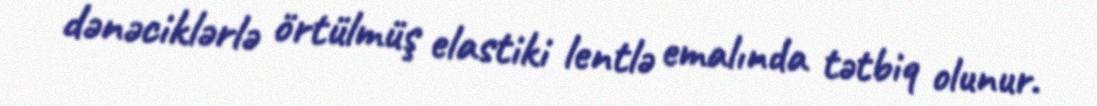
dənəciklərlə örtülmüş elastiki lentlə emalında tətbiq olunur.